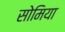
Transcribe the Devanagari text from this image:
सोमिया